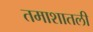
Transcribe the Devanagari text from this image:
तमाशातली